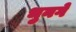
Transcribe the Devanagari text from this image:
भुनगे